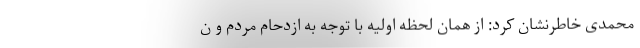
محمدی خاطرنشان کرد: از همان لحظه اولیه با توجه به ازدحام مردم و ن